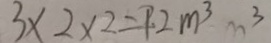
3 \times 2 \times 2 = 9 2 m ^ { 3 } m ^ { 3 }